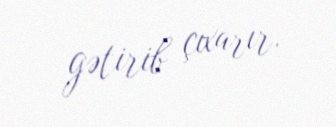
gətirib çıxarır.